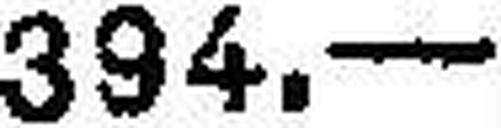
394.—